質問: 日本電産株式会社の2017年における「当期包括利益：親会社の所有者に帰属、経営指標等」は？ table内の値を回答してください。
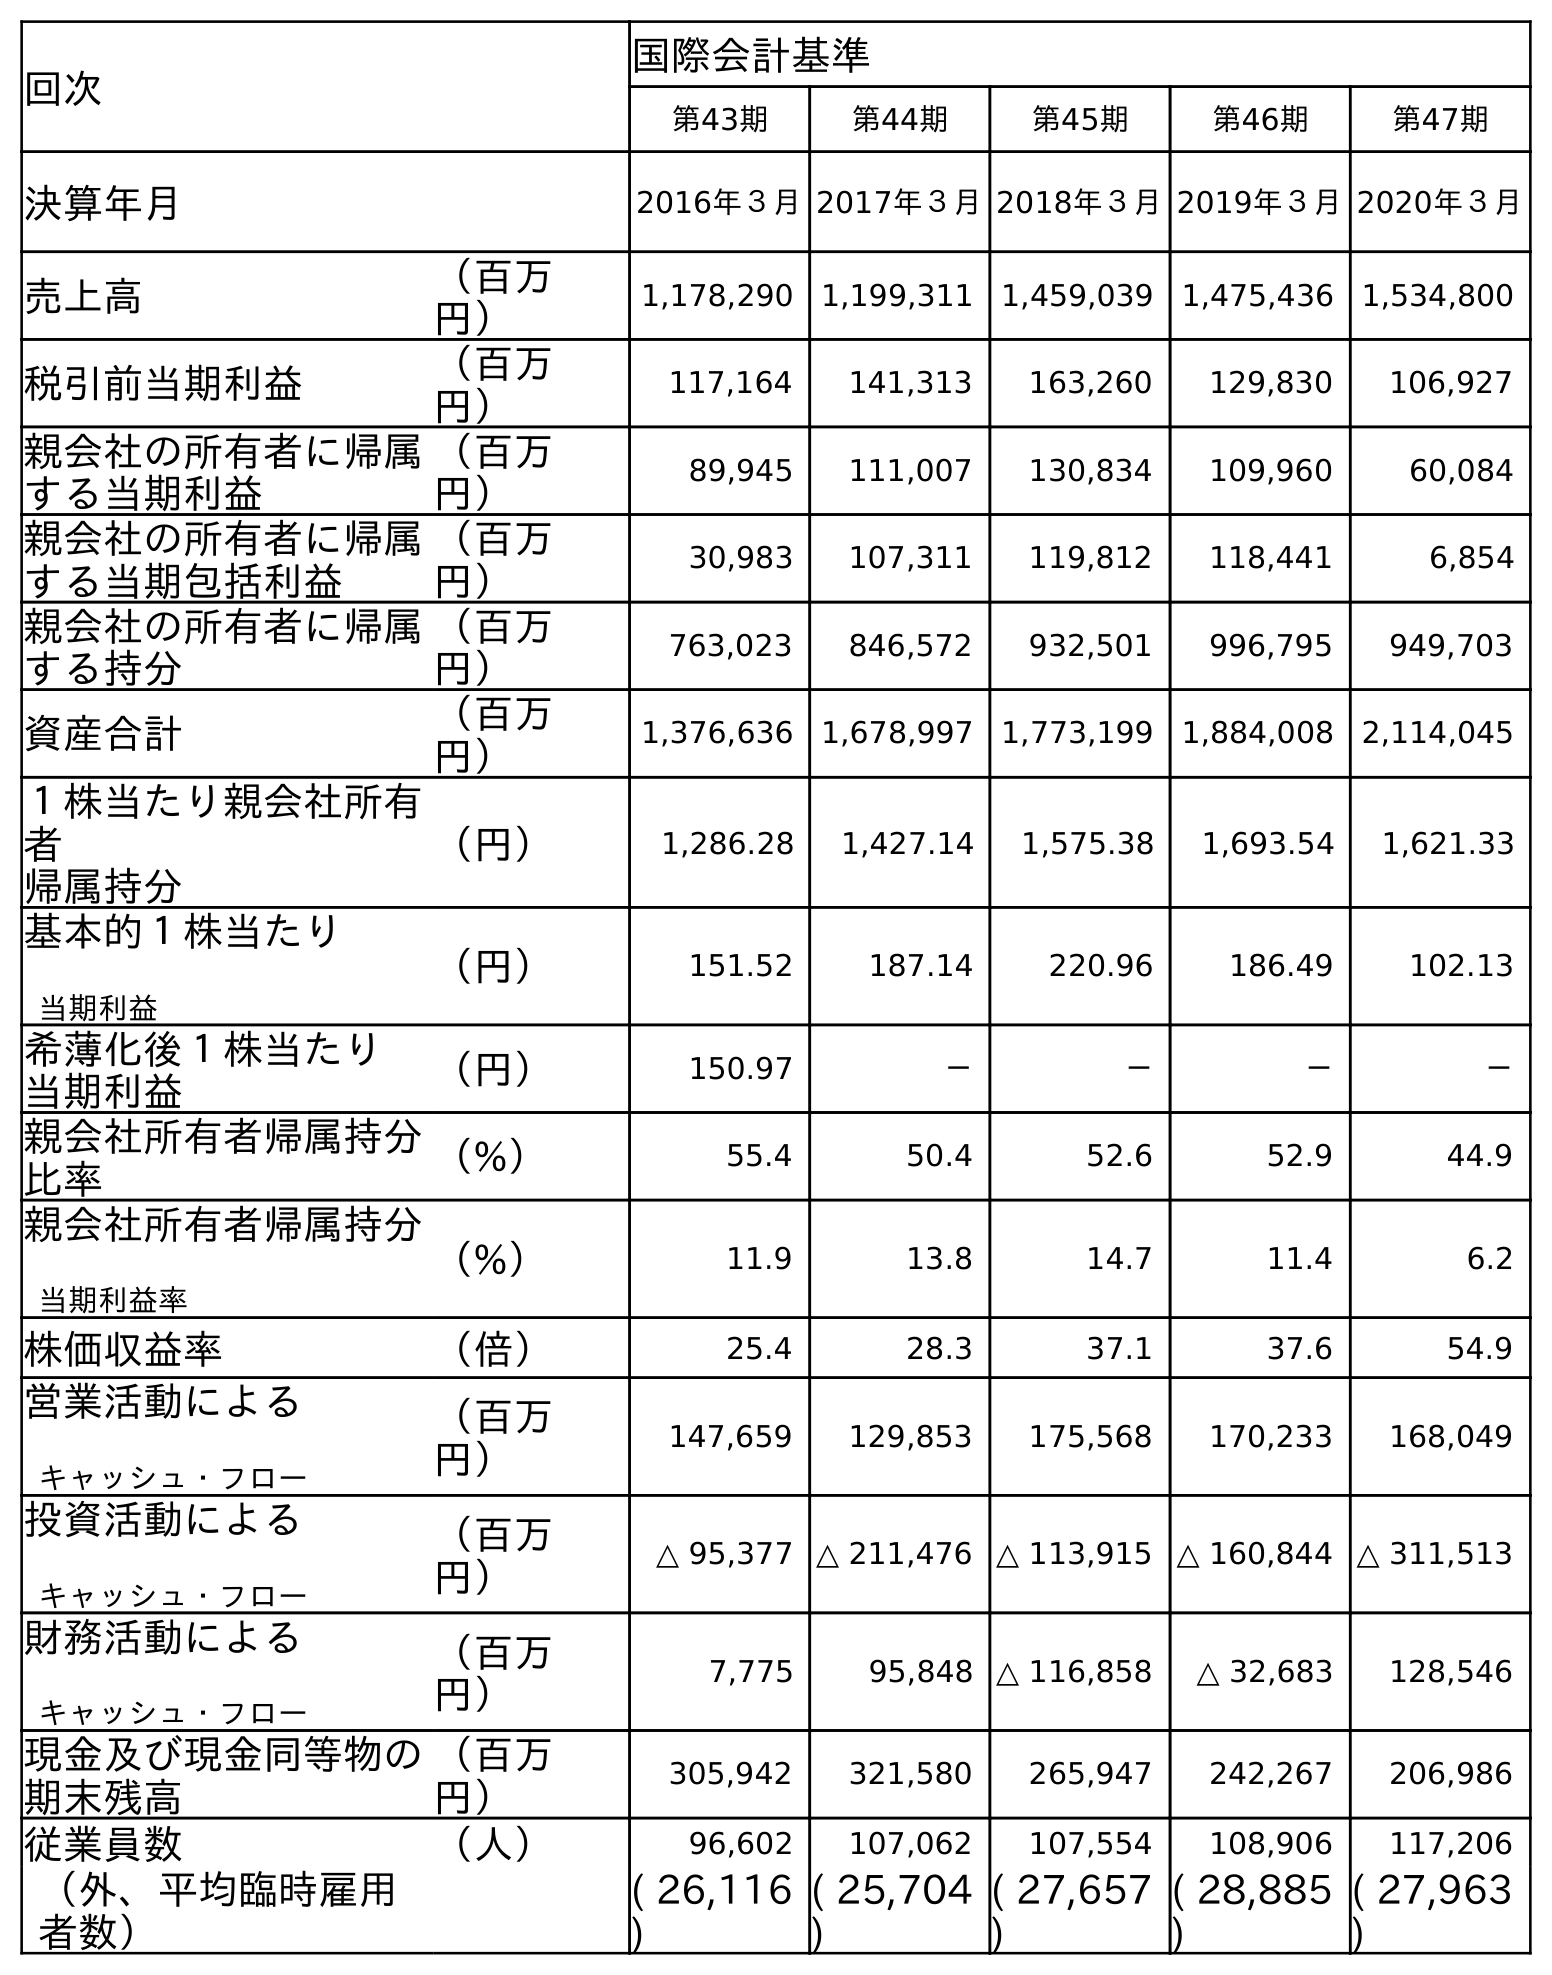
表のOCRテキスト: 回次 国際会計基準 第43期 第44期 第45期 第46期 第47期 決算年月 2016年３月2017年３月2018年３月2019年３月2020年３月 売上高 （百万 円） 1,178,290 1,199,311 1,459,039 1,475,436 1,534,800 税引前当期利益 （百万 円） 117,164 141,313 163,260 129,830 106,927 親会社の所有者に帰属 する当期利益 （百万 円） 89,945 111,007 130,834 109,960 60,084 親会社の所有者に帰属 する当期包括利益 （百万 円） 30,983 107,311 119,812 118,441 6,854 親会社の所有者に帰属 する持分 （百万 円） 763,023 846,572 932,501 996,795 949,703 資産合計 （百万 円） 1,376,636 1,678,997 1,773,199 1,884,008 2,114,045 １株当たり親会社所有 者 帰属持分 （円） 1,286.28 1,427.14 1,575.38 1,693.54 1,621.33 基本的１株当たり 当期利益 （円） 151.52 187.14 220.96 186.49 102.13 希薄化後１株当たり 当期利益 （円） 150.97 － － － － 親会社所有者帰属持分 比率 （%） 55.4 50.4 52.6 52.9 44.9 親会社所有者帰属持分 当期利益率 （%） 11.9 13.8 14.7 11.4 6.2 株価収益率 （倍） 25.4 28.3 37.1 37.6 54.9 営業活動による キャッシュ・フロー （百万 円） 147,659 129,853 175,568 170,233 168,049 投資活動による キャッシュ・フロー （百万 円） △ 95,377 △ 211,476 △ 113,915 △ 160,844 △ 311,513 財務活動による キャッシュ・フロー （百万 円） 7,775 95,848 △ 116,858 △ 32,683 128,546 現金及び現金同等物の 期末残高 （百万 円） 305,942 321,580 265,947 242,267 206,986 従業員数 （人） 96,602 107,062 107,554 108,906 117,206 （外、平均臨時雇用 者数） ( 26,116 ) ( 25,704 ) ( 27,657 ) ( 28,885 ) ( 27,963 )
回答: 107,311